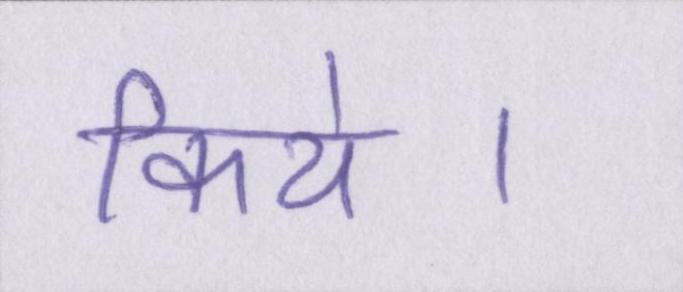
किये।